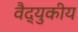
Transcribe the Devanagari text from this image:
वैद्युकीय